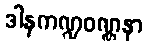
ဒါနကဏ္ဍဝဏ္ဏနာ